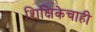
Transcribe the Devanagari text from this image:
शिक्षिकेचाही